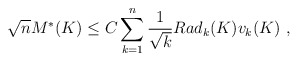
\begin{align*} \sqrt{n} M^*(K) \leq C \sum_{k=1}^n \frac{1}{\sqrt{k}} Rad_k(K) v_k(K) ~,\end{align*}